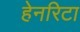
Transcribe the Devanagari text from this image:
हेनरिटा